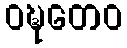
ဝဍ္ဎတေဝ